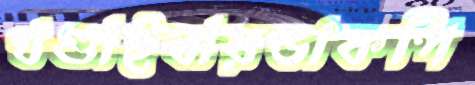
খণ্ডাইবারডাকপি